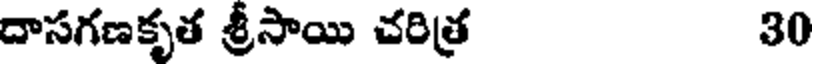
దాసగణకృత శ్రీసాయి చరిత్ర 30